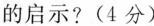
的启示?(4分)